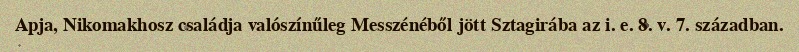
Apja, Nikomakhosz családja valószínűleg Messzénéből jött Sztagirába az i. e. 8. v. 7. században.